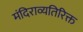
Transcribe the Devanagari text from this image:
मंदिराव्यतिरिक्त